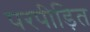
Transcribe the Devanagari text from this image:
परपीड़ित